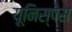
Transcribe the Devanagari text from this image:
यूनिस्पेस